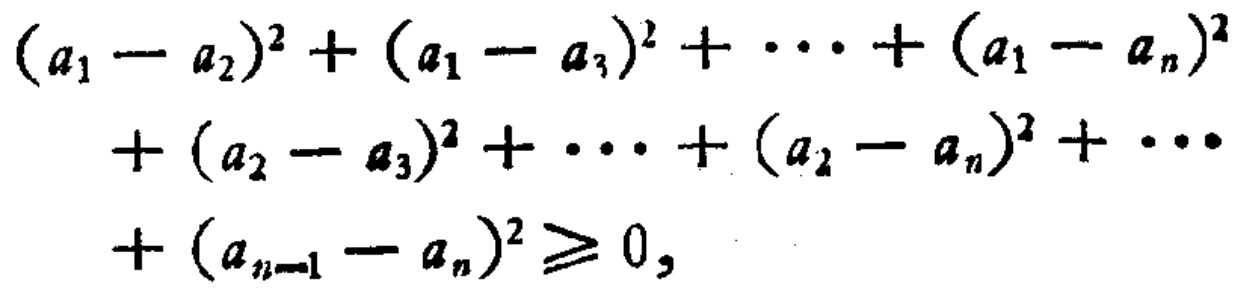
\((a_{1}-a_{2})^{2}+(a_{1}-a_{3})^{2}+\cdots+(a_{1}-a_{n})^{2}\\+(a_{2}-a_{3})^{2}+\cdots+(a_{2}-a_{n})^{2}+\cdots\\+(a_{n - 1}-a_{n})^{2}\geq0\)